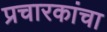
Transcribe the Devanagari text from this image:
प्रचारकांचा